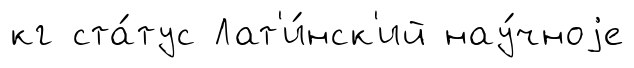
кг ста́тус Лат'и́нск'ий нау́чноjе